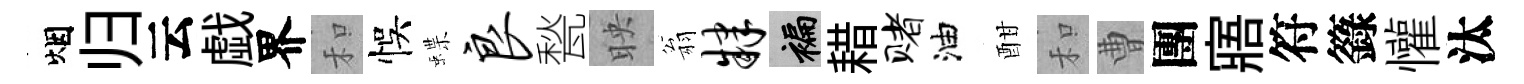
烟归云戯界和悞蝶良甃映翁肄褊耤赌油酣和曹團寤符籙懽汰